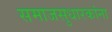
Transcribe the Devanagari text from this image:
समाजसुधारकांना